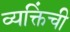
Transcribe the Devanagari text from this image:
व्यक्तिंची